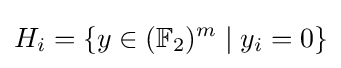
H_{i}=\{y\in (\mathbb {F} _{2})^{m}\mid y_{i}=0\}